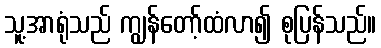
သူ့အာရုံသည် ကျွန်တော့်ထံလာ၍ စုပြန်သည်။